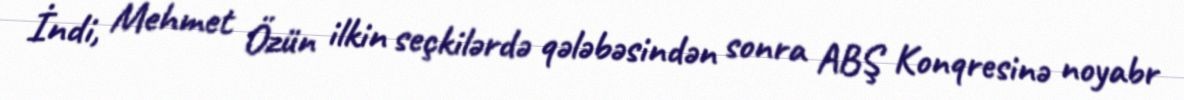
İndi, Mehmet Özün ilkin seçkilərdə qələbəsindən sonra ABŞ Konqresinə noyabr